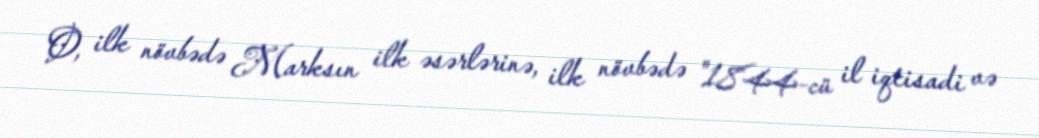
O, ilk növbədə Marksın ilk əsərlərinə, ilk növbədə "1844-cü il iqtisadi və